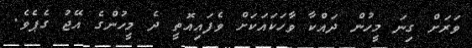
ވަރަށް ގިނަ މީހުން ދައްކާ ވާހަކައަކަށް ވެފައިއޮތީ ދެ މީހުންގެ އޭޖު ގެޕެވެ.